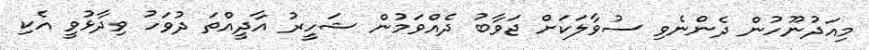
މިއަދުނޫހުން ދެންނެވި ސުވާލަކަށް ޖަވާބު ދެއްވަމުން ޝަހީރު އާދީއްތަ ދުވަހުު ވިދާޅުވީ އެކި